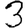
Digit: 3